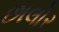
છાલોર